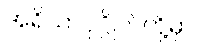
အရိယာပုဂ္ဂိုလ်တို့မှာ